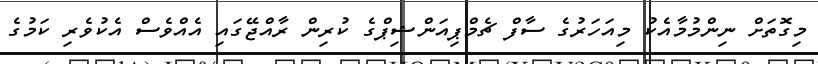
މިގޮތަށް ނިންމުމާއެކު މިއަހަރުގެ ސާފް ޗެމްޕިއަންޝިޕްގެ ކުރިން ރާއްޖޭގައި އެއްވެސް އެކުވެރި ކަމުގެ